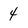
Character: 4